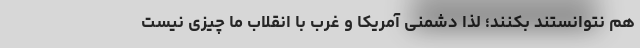
هم نتوانستند بکنند؛ لذا دشمنی آمریکا و غرب با انقلاب ما چیزی نیست